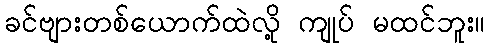
ခင်ဗျားတစ်ယောက်ထဲလို့ ကျုပ် မထင်ဘူး။